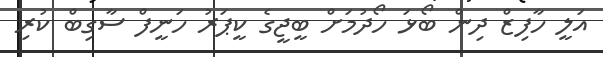
އަލީ ހާފިޒް ދިން ބޯޅަ ހޯދުމަށް ބީޖީގެ ކީޕަރު ހަނީފް ސާގިބް ކުރި